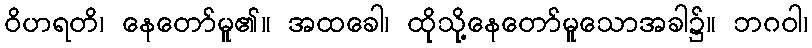
ဝိဟရတိ၊ နေတော်မူ၏။ အထခေါ၊ ထိုသို့နေတော်မူသောအခါ၌။ ဘဂဝါ၊